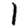
Digit: 1